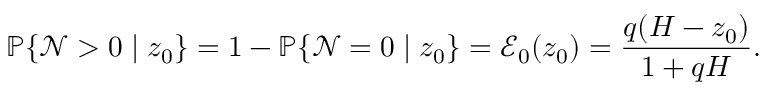
\mathbb { P } \{ \mathcal { N } > 0 \mid z _ { 0 } \} = 1 - \mathbb { P } \{ \mathcal { N } = 0 \mid z _ { 0 } \} = \mathcal { E } _ { 0 } ( z _ { 0 } ) = \frac { q ( H - z _ { 0 } ) } { 1 + q H } .